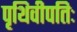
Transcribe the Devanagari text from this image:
पृथिवीपतिः